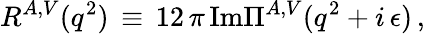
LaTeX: R^{A,V}(q^{2})\, \equiv\, 12\, \pi\, \mathrm{Im}\Pi^{A,V}(q^{2}+i\, \epsilon)\, ,